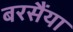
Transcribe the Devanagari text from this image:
बरसैंया